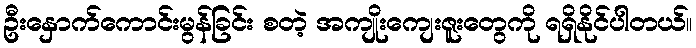
ဦးနှောက်ကောင်းမွန်ခြင်း စတဲ့ အကျိုးကျေးဇူးတွေကို ရရှိနိုင်ပါတယ်။